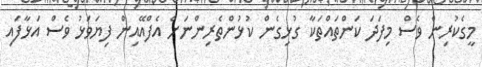
މީގެކުރިން ވެސް މިފަދަ ކަންތައްތަކާ ގުޅިގެން ކުޅުންތެރިންނަށް އެފްއޭއިން ފިޔަވަޅު ވެސް އަޅާފައި